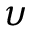
\upsilon